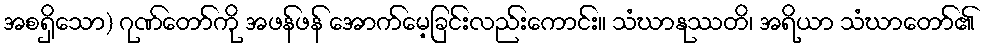
အစရှိသော) ဂုဏ်တော်ကို အဖန်ဖန် အောက်မေ့ခြင်းလည်းကောင်း။ သံဃာနုဿတိ၊ အရိယာ သံဃာတော်၏